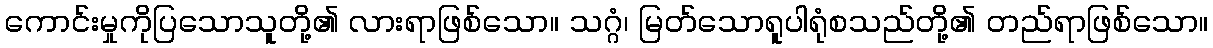
ကောင်းမှုကိုပြသောသူတို့၏ လားရာဖြစ်သော။ သဂ္ဂံ၊ မြတ်သောရူပါရုံစသည်တို့၏ တည်ရာဖြစ်သော။